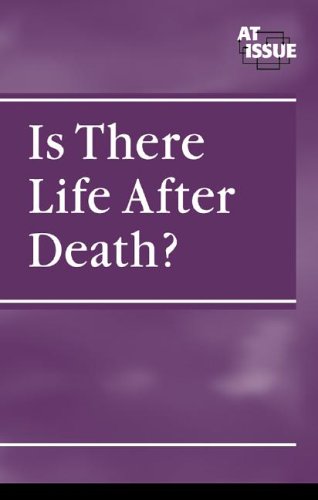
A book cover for At Issue Series - Is There Life After Death? (hardcover edition); Teen & Young Adult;